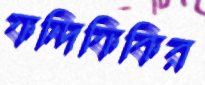
ফন্দিফিকির